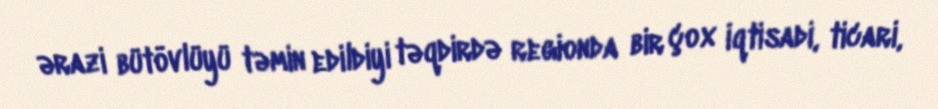
ərazi bütövlüyü təmin edildiyi təqdirdə regionda bir çox iqtisadi, ticari,